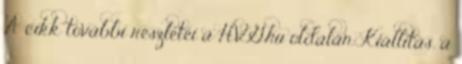
A cikk további részletei a HVG.hu oldalán. Kiállítás, a